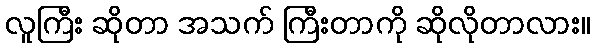
လူကြီး ဆိုတာ အသက် ကြီးတာကို ဆိုလိုတာလား။